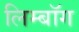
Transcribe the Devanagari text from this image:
लिम्बॉग